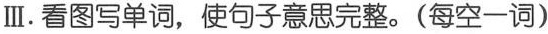
Ⅲ.看图写单词,使句子意思完整。(每空一词)